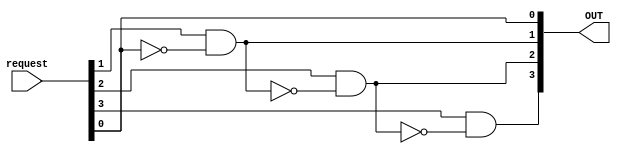
`timescale 1ns / 1ps

module Priori_arbiter
#(parameter PORTS =4)(
 input [PORTS-1:0]request,
 output [PORTS-1:0]OUT 
    );
    
    assign OUT[0] = request[0];
    
    genvar i;
    for(i=1; i<PORTS; i=i+1)
      begin
        assign OUT[i] = request[i] & ~(|OUT[i-1]);
      end   
      
endmodule